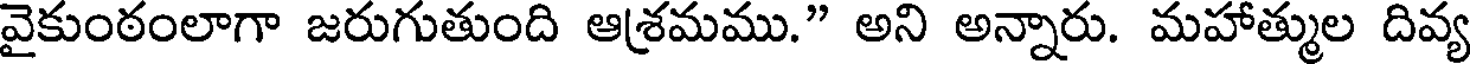
వైకుంఠంలాగా జరుగుతుంది ఆశ్రమము." అని అన్నారు. మహాత్ముల దివ్య